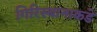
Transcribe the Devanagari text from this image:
गिरिस्थानाकडे